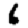
Digit: 6